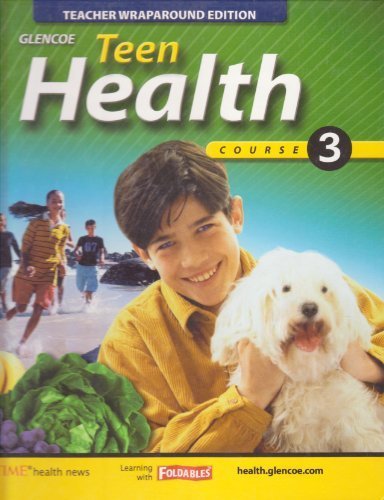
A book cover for Glencoe Teen Health Course 3 Hardback Teacher Wraparound Edition (Glencoe Teen Health, course 3); Mary Bronson; Health, Fitness & Dieting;